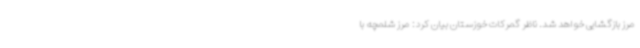
مرز بازگشایی خواهد شد. ناظر گمرکات خوزستان بیان کرد: مرز شلمچه با